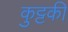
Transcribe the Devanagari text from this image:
कुट्टकी